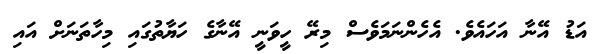
އަޑު އޭނާ އަހައެވެ. އެހެންނަމަވެސް މިރޭ ހީވަނީ އޭނާގެ ހަޔާތުގައި މިހާތަނަށް އައި